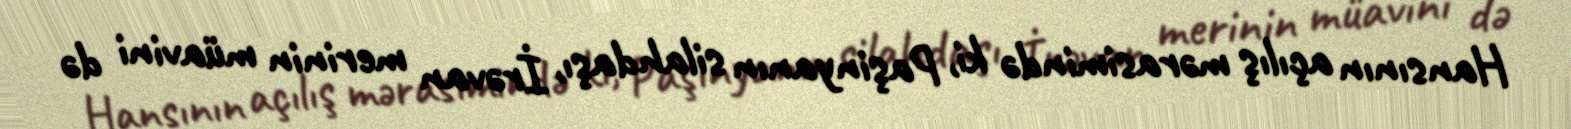
Hansının açılış mərasimində ki, Paşinyanın silahdaşı, İrəvan merinin müavini də